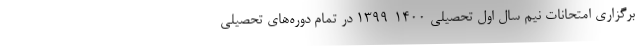
برگزاری امتحانات نیم سال اول تحصیلی ۱۴۰۰-۱۳۹۹ در تمام دوره‌های تحصیلی